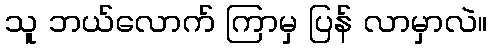
သူ ဘယ်လောက် ကြာမှ ပြန် လာမှာလဲ။